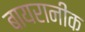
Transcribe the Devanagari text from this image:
बायरानीक